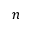
n